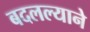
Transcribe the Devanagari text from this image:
बदलल्याने